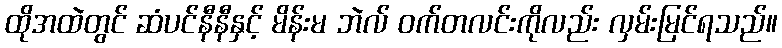
ထိုအထဲတွင် ဆံပင်နီနီနှင့် မိန်းမ ဘဲလ် ဝက်တလင်းကိုလည်း လှမ်းမြင်ရသည်။